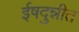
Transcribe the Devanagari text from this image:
ईषदुन्नीत